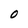
Character: O